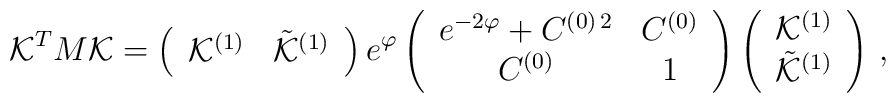
{\cal K}^T M {\cal K} = \left( \begin{array}{cc}{\cal K}^{(1)} & {\tilde {\cal K}}^{(1)} \end{array}\right)  e^\varphi \left( \begin{array}{cc}e^{-2 \varphi} + C^{(0)\, 2} &  C^{(0)} \\C^{(0)} & 1 \end{array} \right)\left( \begin{array}{c} {\cal K}^{(1)} \\ {\tilde {\cal K}}^{(1)}\end{array} \right)\, ,